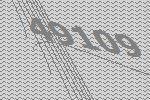
49109